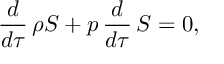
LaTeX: \frac { d } { d \tau } \, \rho { \cal S } + p \, \frac { d } { d \tau } \, { \cal S } = 0 ,